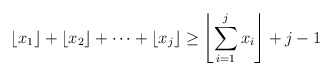
\begin{align*}\left\lfloor x_1\right\rfloor + \left\lfloor x_2\right\rfloor + \dots + \left\lfloor x_j\right\rfloor \geq \left\lfloor\sum_{i=1}^j x_i \right\rfloor +j-1 \end{align*}